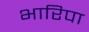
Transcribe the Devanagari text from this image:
भारिपा